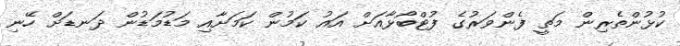
ކުޅުންތެރިން މަތީ ފެންވަރުގެ ފުޓްބޯޅާއަށް އައު ކަމުން ކަމަށާއި މަޑުމަޑުން ދަނޑަށް ހޭނި